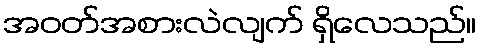
အဝတ်အစားလဲလျက် ရှိလေသည်။